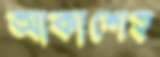
আকাশেহ